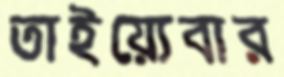
তাইয়্যেবার